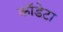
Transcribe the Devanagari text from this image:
कॉडेटा